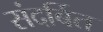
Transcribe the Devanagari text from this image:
संदर्बित